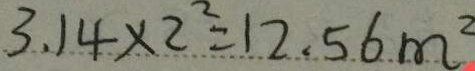
3 . 1 4 \times 2 ^ { 2 } = 1 2 . 5 6 m ^ { 2 }